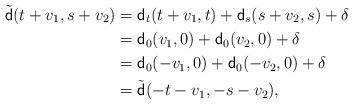
LaTeX: \begin{align*}\tilde{\mathsf{d}} (t+v_1 , s+v_2) &= \mathsf{d}_t (t+v_1, t) + \mathsf{d}_s (s+v_2,s) + \delta \\&= \mathsf{d}_0 (v_1, 0) + \mathsf{d}_0 (v_2,0) + \delta \\&= \mathsf{d}_0 (-v_1, 0) + \mathsf{d}_0 (-v_2,0) + \delta \\&= \tilde{\mathsf{d}} (-t-v_1 , -s-v_2),\end{align*}